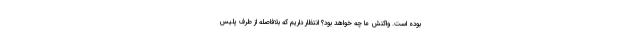
بوده است. واکنش ما چه خواهد بود؟ انتظار داریم که بلافاصله از طرف پلیس